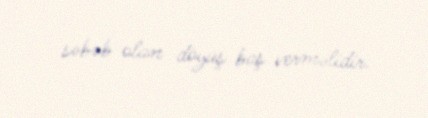
səbəb olan döyüş baş verməlidir.